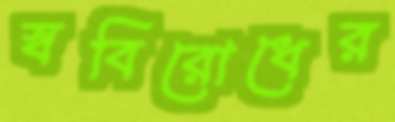
স্ববিরোধের